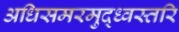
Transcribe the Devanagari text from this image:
अधिसमरमुद्ध्वस्तरि